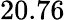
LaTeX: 20.76